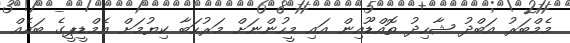
މެމްބަރު އަބްދު ޝާހިދު ތޮއްޑޫއިން އައި މީހުންނަށް މަރުހަބާ ކިޔުމަށް އެމްޑީޕީގެ ބައެއް